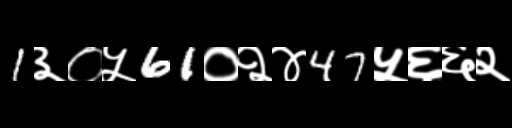
Text: 1३०५61०२४47५६६२